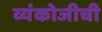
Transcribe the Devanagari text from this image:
व्यंकोजीची